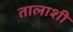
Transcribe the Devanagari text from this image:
तालाशी